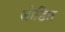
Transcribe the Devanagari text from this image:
जोडित